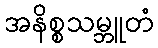
အနိစ္စသမ္ဘူတံ